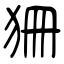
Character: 狦